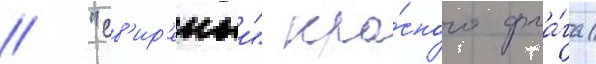
// "св'ир'епыи" кра́сного фла́га